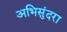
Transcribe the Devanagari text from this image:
अभिसुंदरा